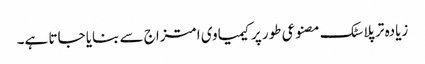
زیادہ تر پلاسٹک مصنوعی طور پر کیمیاوی امتزاج سے بنایا جاتا ہے۔